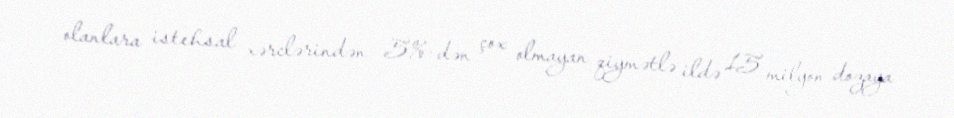
olanlara istehsal xərclərindən 5%-dən çox olmayan qiymətlə ildə 15 milyon dozaya